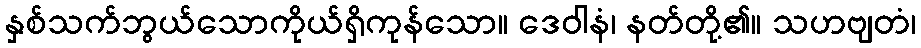
နှစ်သက်ဘွယ်သောကိုယ်ရှိကုန်သော။ ဒေဝါနံ၊ နတ်တို့၏။ သဟဗျတံ၊